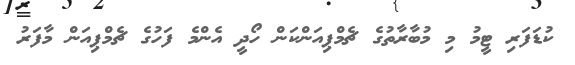
ކުޑަފަރި ޓީމު މި މުބާރާތުގެ ޗެމްޕިއަންކަން ހޯދީ އެންމެ ފަހުގެ ޗެމްޕިއަން މާފަރު